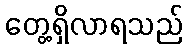
တွေ့ရှိလာရသည်